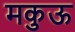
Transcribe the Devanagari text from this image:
मकुऊ